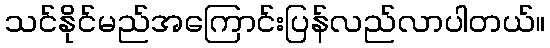
သင်နိုင်မည်အကြောင်းပြန်လည်လာပါတယ်။